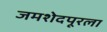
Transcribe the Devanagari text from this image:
जमशेदपूरला